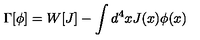
\Gamma [ \phi ] = W [ J ] - \int d ^ { 4 } x J ( x ) \phi ( x )